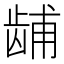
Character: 𫜫